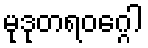
မုဒုတရဝဂ္ဂေါ